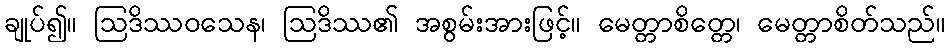
ချုပ်၍။ ဩဒိဿဝသေန၊ ဩဒိဿ၏ အစွမ်းအားဖြင့်။ မေတ္တာစိတ္တေ၊ မေတ္တာစိတ်သည်။